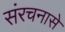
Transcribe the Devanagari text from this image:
संरचनासे